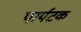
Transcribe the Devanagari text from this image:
पार्यटक